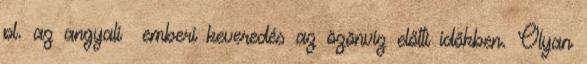
pl. az angyali emberi keveredés az özönvíz előtti időkben. Olyan